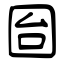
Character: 囼